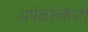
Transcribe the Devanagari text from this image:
अपेकोक्लेप्तो